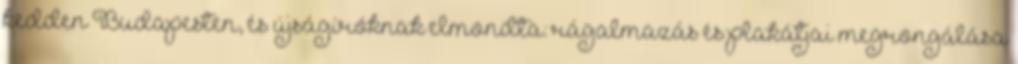
kedden Budapesten, és újságíróknak elmondta: rágalmazás és plakátjai megrongálása